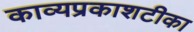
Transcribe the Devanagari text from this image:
काव्यप्रकाशटीका